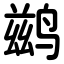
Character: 鹚